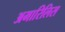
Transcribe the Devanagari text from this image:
अमारिलिस